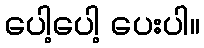
ပေါ့ပေါ့ ပေးပါ။